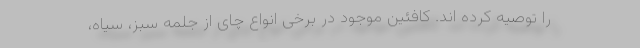
را توصیه کرده اند. کافئین موجود در برخی انواع چای از جلمه سبز، سیاه،